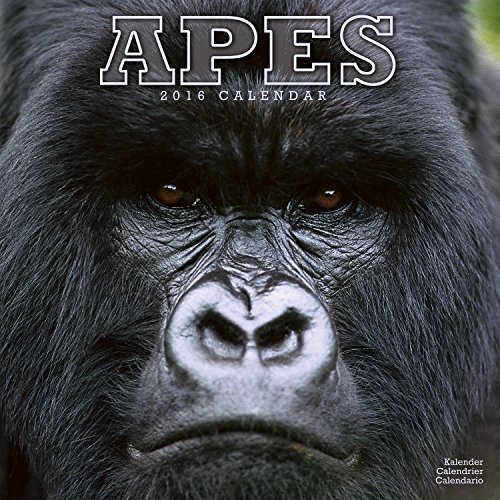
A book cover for Apes Calendar - 2016 Wall calendars - Animal Calendar - Monthly Wall Calendar by Avonside; MegaCalendars; Calendars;